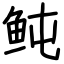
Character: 鲀